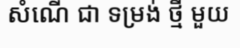
សំណើ ជា ទម្រង់ ថ្មី មួយ